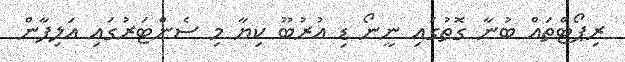
ރިޕޯޓްތައް ބުނާ ގޮތުގައި ނީނޯ ޑި އުރުބޫ ކިޔާ މި ސެންޓަރުގައި އަލިފާން